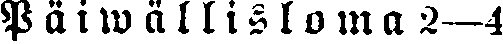
P ä i w ä l l i s l o m a 2—4